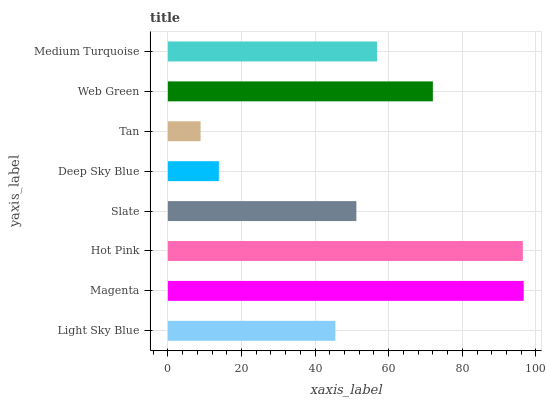
| yaxis_label | bars |
 | --- | --- |
 | Light Sky Blue | 45.5 |
 | Magenta | 96.7 |
 | Hot Pink | 96.4 |
 | Slate | 51.2 |
 | Deep Sky Blue | 13.9 |
 | Tan | 8.9 |
 | Web Green | 72 |
 | Medium Turquoise | 56.8 |